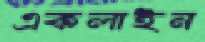
একলাইন